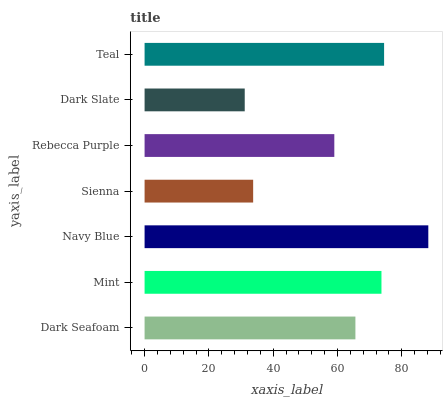
| yaxis_label | bars |
 | --- | --- |
 | Dark Seafoam | 65.6 |
 | Mint | 73.7 |
 | Navy Blue | 88.3 |
 | Sienna | 33.8 |
 | Rebecca Purple | 59 |
 | Dark Slate | 31.2 |
 | Teal | 74.5 |